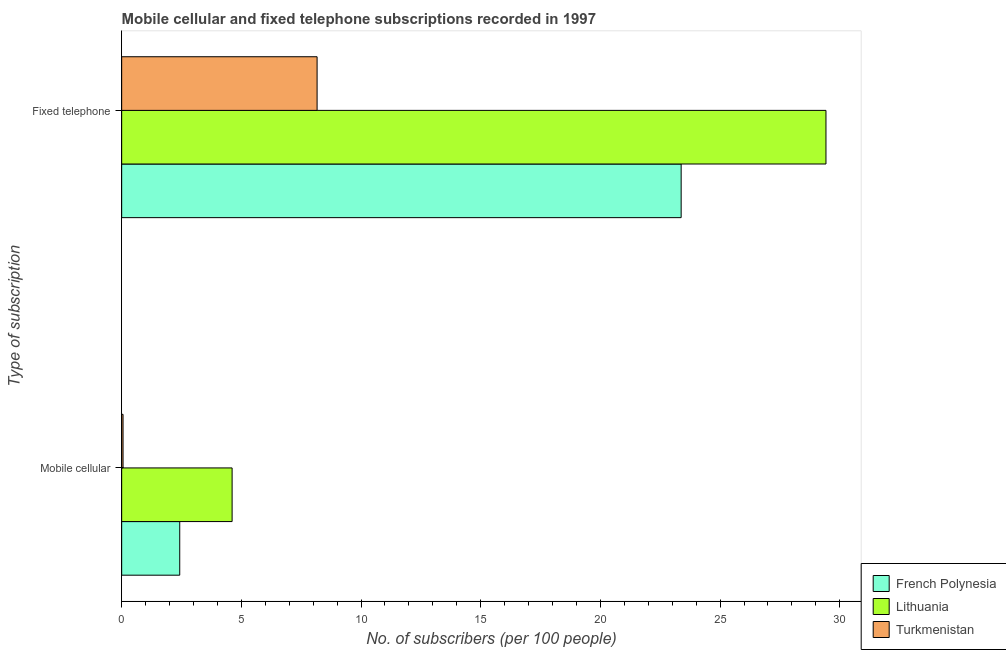
| Type of subscription | French Polynesia | Lithuania | Turkmenistan |
 | --- | --- | --- | --- |
 | Mobile cellular | 2.43 | 4.61 | 0.0577 |
 | Fixed telephone | 23.4 | 29.4 | 8.16 |